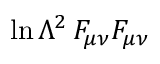
\ln \Lambda ^ { 2 } \, F _ { \mu \nu } F _ { \mu \nu }